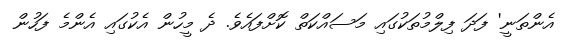
އެންތަނީ' ފަދަ ފިލްމުތަކުގައި މަސައްކަތް ކޮށްފައެވެ. ދެ މީހުން އެކުގައި އެންމެ ފަހުން